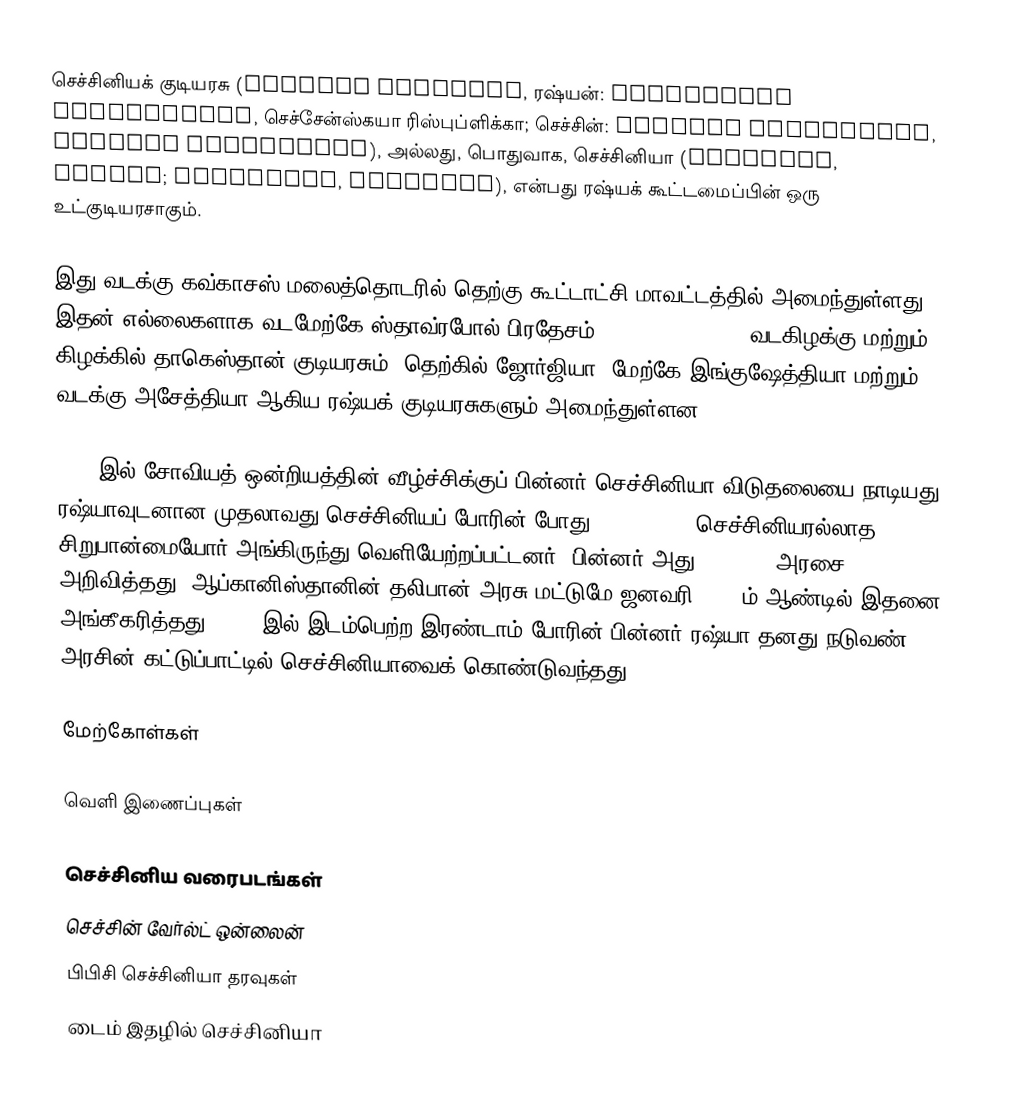
செச்சினியக் குடியரசு (Chechen Republic, ரஷ்யன்: Чече́нская Респу́блика, செச்சேன்ஸ்கயா ரிஸ்புப்ளிக்கா; செச்சின்: Нохчийн Республика, Noxçiyn Respublika), அல்லது, பொதுவாக, செச்சினியா (Chechnya, Чечня́; Нохчийчоь, Noxçiyçö), என்பது ரஷ்யக் கூட்டமைப்பின் ஒரு உட்குடியரசாகும்.

இது வடக்கு கவ்காசஸ் மலைத்தொடரில் தெற்கு கூட்டாட்சி மாவட்டத்தில் அமைந்துள்ளது. இதன் எல்லைகளாக வடமேற்கே ஸ்தாவ்ரபோல் பிரதேசம் (Stavropol Krai), வடகிழக்கு மற்றும் கிழக்கில் தாகெஸ்தான் குடியரசும், தெற்கில் ஜோர்ஜியா, மேற்கே இங்குஷேத்தியா மற்றும் வடக்கு அசேத்தியா ஆகிய ரஷ்யக் குடியரசுகளும் அமைந்துள்ளன.

1991 இல் சோவியத் ஒன்றியத்தின் வீழ்ச்சிக்குப் பின்னர் செச்சினியா விடுதலையை நாடியது. ரஷ்யாவுடனான முதலாவது செச்சினியப் போரின் போது (1994-1996) செச்சினியரல்லாத சிறுபான்மையோர் அங்கிருந்து வெளியேற்றப்பட்டனர். பின்னர் அது de facto அரசை அறிவித்தது. ஆப்கானிஸ்தானின் தலிபான் அரசு மட்டுமே ஜனவரி 2000 ம் ஆண்டில் இதனை அங்கீகரித்தது. 1999 இல் இடம்பெற்ற இரண்டாம் போரின் பின்னர் ரஷ்யா தனது நடுவண் அரசின் கட்டுப்பாட்டில் செச்சினியாவைக் கொண்டுவந்தது.

மேற்கோள்கள்

வெளி இணைப்புகள்

 செச்சினிய வரைபடங்கள்
 செச்சின் வேர்ல்ட் ஒன்லைன்
 பிபிசி செச்சினியா தரவுகள்
 டைம் இதழில் செச்சினியா